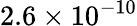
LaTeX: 2.6\times 10^{-10}